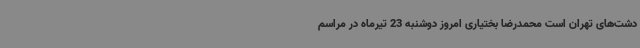
دشت‌های تهران است ‌محمدرضا بختیاری امروز دوشنبه 23 تیرماه در مراسم